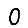
Digit: 0